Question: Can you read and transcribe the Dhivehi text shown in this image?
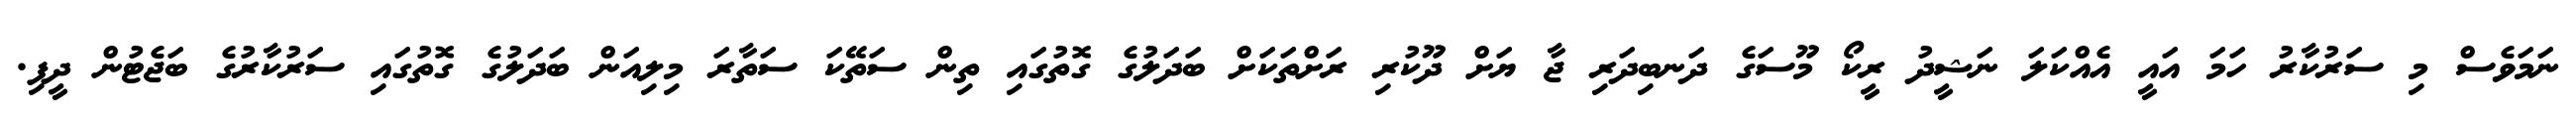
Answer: ނަމަވެސް މި ސަރުކާރު ހަމަ އައީ އެއްކަލަ ނަޝީދު ރީކޯ މޫސަގެ ދަނބިދަރި ޖާ ޔަށް ދޫކުރި ރަށްތަކަށް ބަދަލުގެ ގޮތުގައި ތިން ސަތޭކަ ސަތާރަ މިލިއަން ބަދަލުގެ ގޮތުގައި ސަރުކާރުގެ ބަޖެޓުން ދީފި.